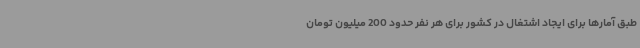
طبق آمارها برای ایجاد اشتغال در کشور برای هر نفر حدود 200 میلیون تومان